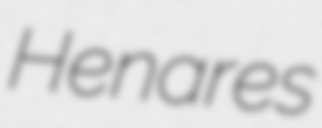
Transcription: Henares